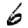
Digit: 6